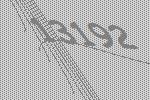
13192